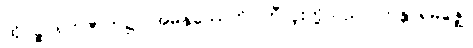
ထိုပဉ္စဂရုကဇာတ်၌။ အမနုဿေဟိ၊ ဘီလူးတို့သည်။ ကန္တာရမဇ္ဈေ၊